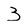
Character: 3